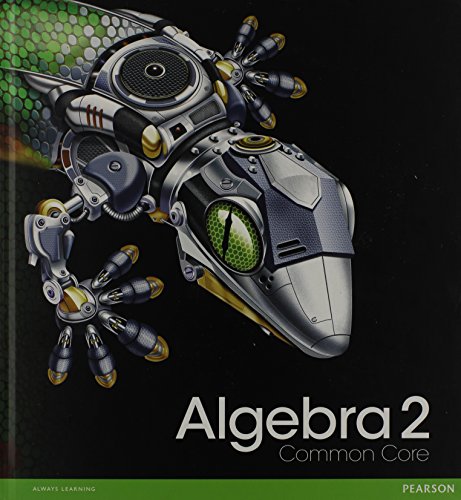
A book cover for HIGH SCHOOL MATH 2012 COMMON-CORE ALGEBRA 2 STUDENT EDITION GRADE 10/11; PRENTICE HALL; Education & Teaching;